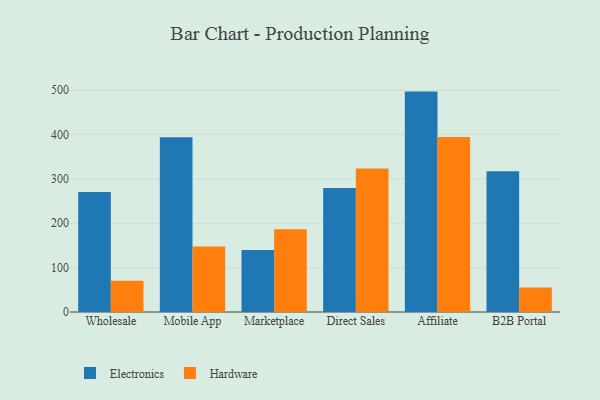
{"axis": {"x": "Channel", "y": "Tickets Resolved"}, "legend": ["Electronics", "Hardware"], "data": [{"x": "Wholesale", "y": 270.4, "type": "Electronics"}, {"x": "Wholesale", "y": 70.5, "type": "Hardware"}, {"x": "Mobile App", "y": 394.0, "type": "Electronics"}, {"x": "Mobile App", "y": 147.9, "type": "Hardware"}, {"x": "Marketplace", "y": 139.5, "type": "Electronics"}, {"x": "Marketplace", "y": 186.3, "type": "Hardware"}, {"x": "Direct Sales", "y": 279.3, "type": "Electronics"}, {"x": "Direct Sales", "y": 323.5, "type": "Hardware"}, {"x": "Affiliate", "y": 496.9, "type": "Electronics"}, {"x": "Affiliate", "y": 394.6, "type": "Hardware"}, {"x": "B2B Portal", "y": 317.2, "type": "Electronics"}, {"x": "B2B Portal", "y": 55.5, "type": "Hardware"}]}